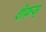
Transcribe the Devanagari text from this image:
शेफ़स्